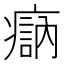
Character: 𤹽